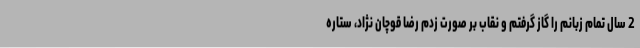
2 سال تمام زبانم را گاز گرفتم و نقاب بر صورت زدم رضا قوچان نژاد، ستاره